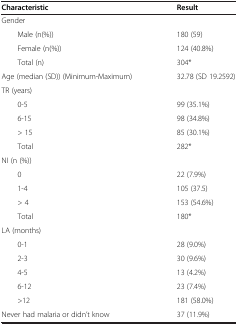
<table><thead><tr><td><b>Characteristic</b></td><td><b>Result</b></td></tr></thead><tbody><tr><td>Gender</td><td> </td></tr><tr><td>Male (n(%))</td><td>180 (59)</td></tr><tr><td>Female (n(%))</td><td>124 (40.8%)</td></tr><tr><td>Total (n)</td><td>304*</td></tr><tr><td>Age (median (SD)) (Minimum-Maximum)</td><td>32.78 (SD 19.2592)</td></tr><tr><td>TR (years)</td><td> </td></tr><tr><td>0-5</td><td>99 (35.1%)</td></tr><tr><td>6-15</td><td>98 (34.8%)</td></tr><tr><td>&gt; 15</td><td>85 (30.1%)</td></tr><tr><td>Total</td><td>282*</td></tr><tr><td>NI (n (%))</td><td> </td></tr><tr><td>0</td><td>22 (7.9%)</td></tr><tr><td>1-4</td><td>105 (37.5)</td></tr><tr><td>&gt; 4</td><td>153 (54.6%)</td></tr><tr><td>Total</td><td>180*</td></tr><tr><td>LA (months)</td><td> </td></tr><tr><td>0-1</td><td>28 (9.0%)</td></tr><tr><td>2-3</td><td>30 (9.6%)</td></tr><tr><td>4-5</td><td>13 (4.2%)</td></tr><tr><td>6-12</td><td>23 (7.4%)</td></tr><tr><td>&gt;12</td><td>181 (58.0%)</td></tr><tr><td>Never had malaria or didn’t know</td><td>37 (11.9%)</td></tr></tbody></table>